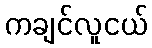
ကချင်လူငယ်